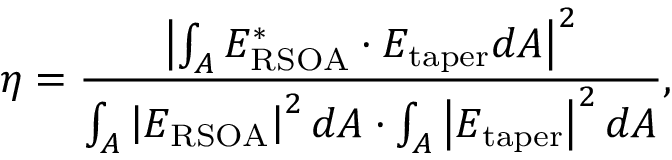
\eta = \frac { \left| \int _ { A } E _ { \mathrm { R S O A } } ^ { * } \cdot E _ { \mathrm { t a p e r } } d A \right| ^ { 2 } } { \int _ { A } { \left| E _ { \mathrm { R S O A } } \right| ^ { 2 } d A \cdot \int _ { A } \left| E _ { \mathrm { t a p e r } } \right| ^ { 2 } d A } } ,